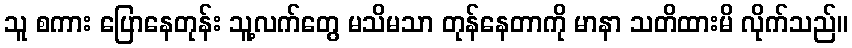
သူ စကား ပြောနေတုန်း သူ့လက်တွေ မသိမသာ တုန်နေတာကို မာနာ သတိထားမိ လိုက်သည်။